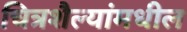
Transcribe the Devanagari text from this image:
चित्रशैल्यांमधील